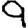
Digit: 9